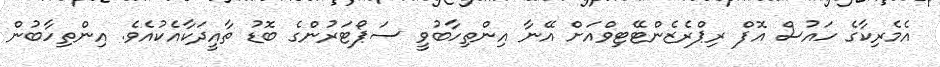
އެމެރިކާގެ ހައުސް އޮފް ރިޕްރެޒެންޓޭޓިވްއަށް އޭނާ އިންތިހާބުވީ ސަޕޯޓަރުންގެ ބޮޑު ތާއީދަކާއެކުއެވެ. އިންތިހާބުން